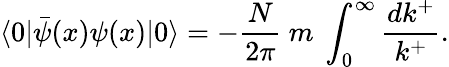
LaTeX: \langle 0|\bar{\psi}(x)\psi(x)|0\rangle=-\frac{N}{2\pi}\ m\ \int_{0}^{\infty}\frac{dk^{+}}{k^{+}}.